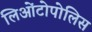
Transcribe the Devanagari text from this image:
लिओंटोपोलिस